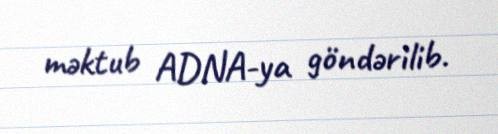
məktub ADNA-ya göndərilib.